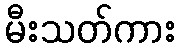
မီးသတ်ကား